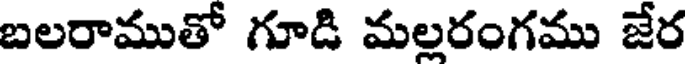
బలరాముతో గూడి మల్లరంగము జేర